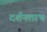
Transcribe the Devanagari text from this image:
दर्शनलाभ